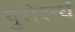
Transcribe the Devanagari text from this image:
गुरोरन्यं